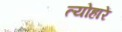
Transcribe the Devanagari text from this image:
त्योहारें